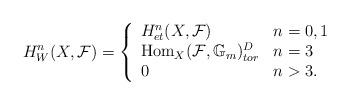
LaTeX: \begin{align*}H^n_W(X,\mathcal{F})= \left\{\begin{array}{ll}H^n_{et}(X,\mathcal{F})& \mbox{$n=0,1$}\\\mathrm{Hom}_X(\mathcal{F},\mathbb{G}_m)_{tor}^D & \mbox{$n=3$} \\0 & \mbox{$ n > 3$}.\end{array} \right.\end{align*}